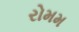
રોમમ